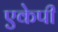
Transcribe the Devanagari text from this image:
एकेपी